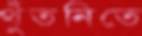
থুঁতনিতে